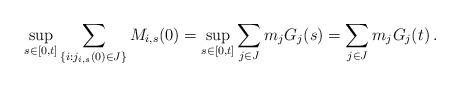
LaTeX: \begin{align*}\sup_{s \in [0,t]} \sum_{\{i:j_{i,s}(0)\in J\}} M_{i,s}(0) = \sup_{s \in [0,t]} \sum_{j\in J} m_j G_j(s) = \sum_{j \in J} m_j G_j(t)\, .\end{align*}